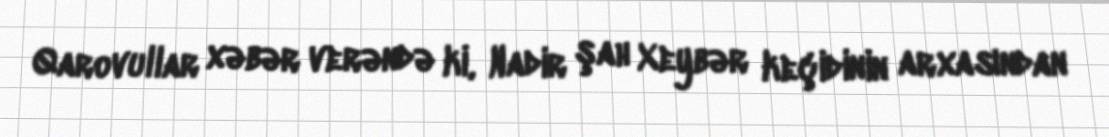
Qarovullar xəbər verəndə ki, Nadir şah Xeybər keçidinin arxasından